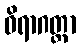
ဝိရာဂတ္ထာ